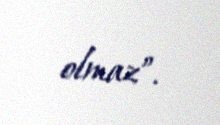
olmaz”.